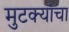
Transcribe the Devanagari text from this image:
मुटक्यांचा